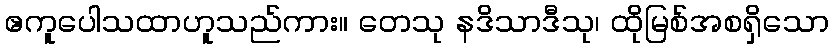
ဧကူပေါသထာဟူသည်ကား။ တေသု နဒိသာဒီသု၊ ထိုမြစ်အစရှိသော